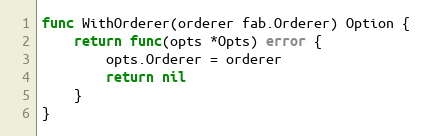
Language: Go
func WithOrderer(orderer fab.Orderer) Option {
	return func(opts *Opts) error {
		opts.Orderer = orderer
		return nil
	}
}